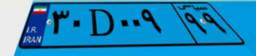
۳۹D۲۶۱۶۴